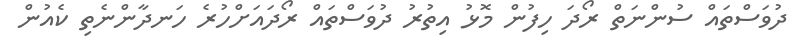
ދުވަސްތައް ސުންނަތް ރޯދަ ހިފުން މޮޅު އިތުރު ދުވަސްތައް ރޯދައަށްހުރެ ހަނދާންނެތި ކެއުން